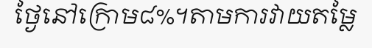
ថ្ងៃនៅក្រោម៨%។តាមការវាយតម្លៃ